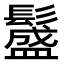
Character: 𩯎